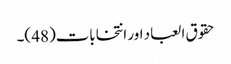
حقوق العباد اور انتخابات(48 )۔